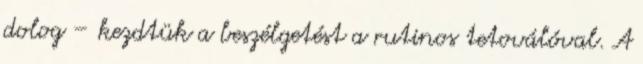
dolog – kezdtük a beszélgetést a rutinos tetoválóval. A